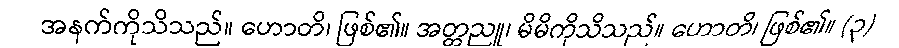
အနက်ကိုသိသည်။ ဟောတိ၊ ဖြစ်၏။ အတ္တညူ၊ မိမိကိုသိသည်။ ဟောတိ၊ ဖြစ်၏။ (၃)